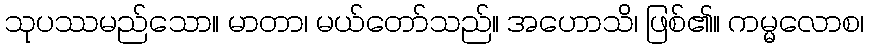
သုပဿမည်သော။ မာတာ၊ မယ်တော်သည်။ အဟောသိ၊ ဖြစ်၏။ ကမ္မလောစ၊